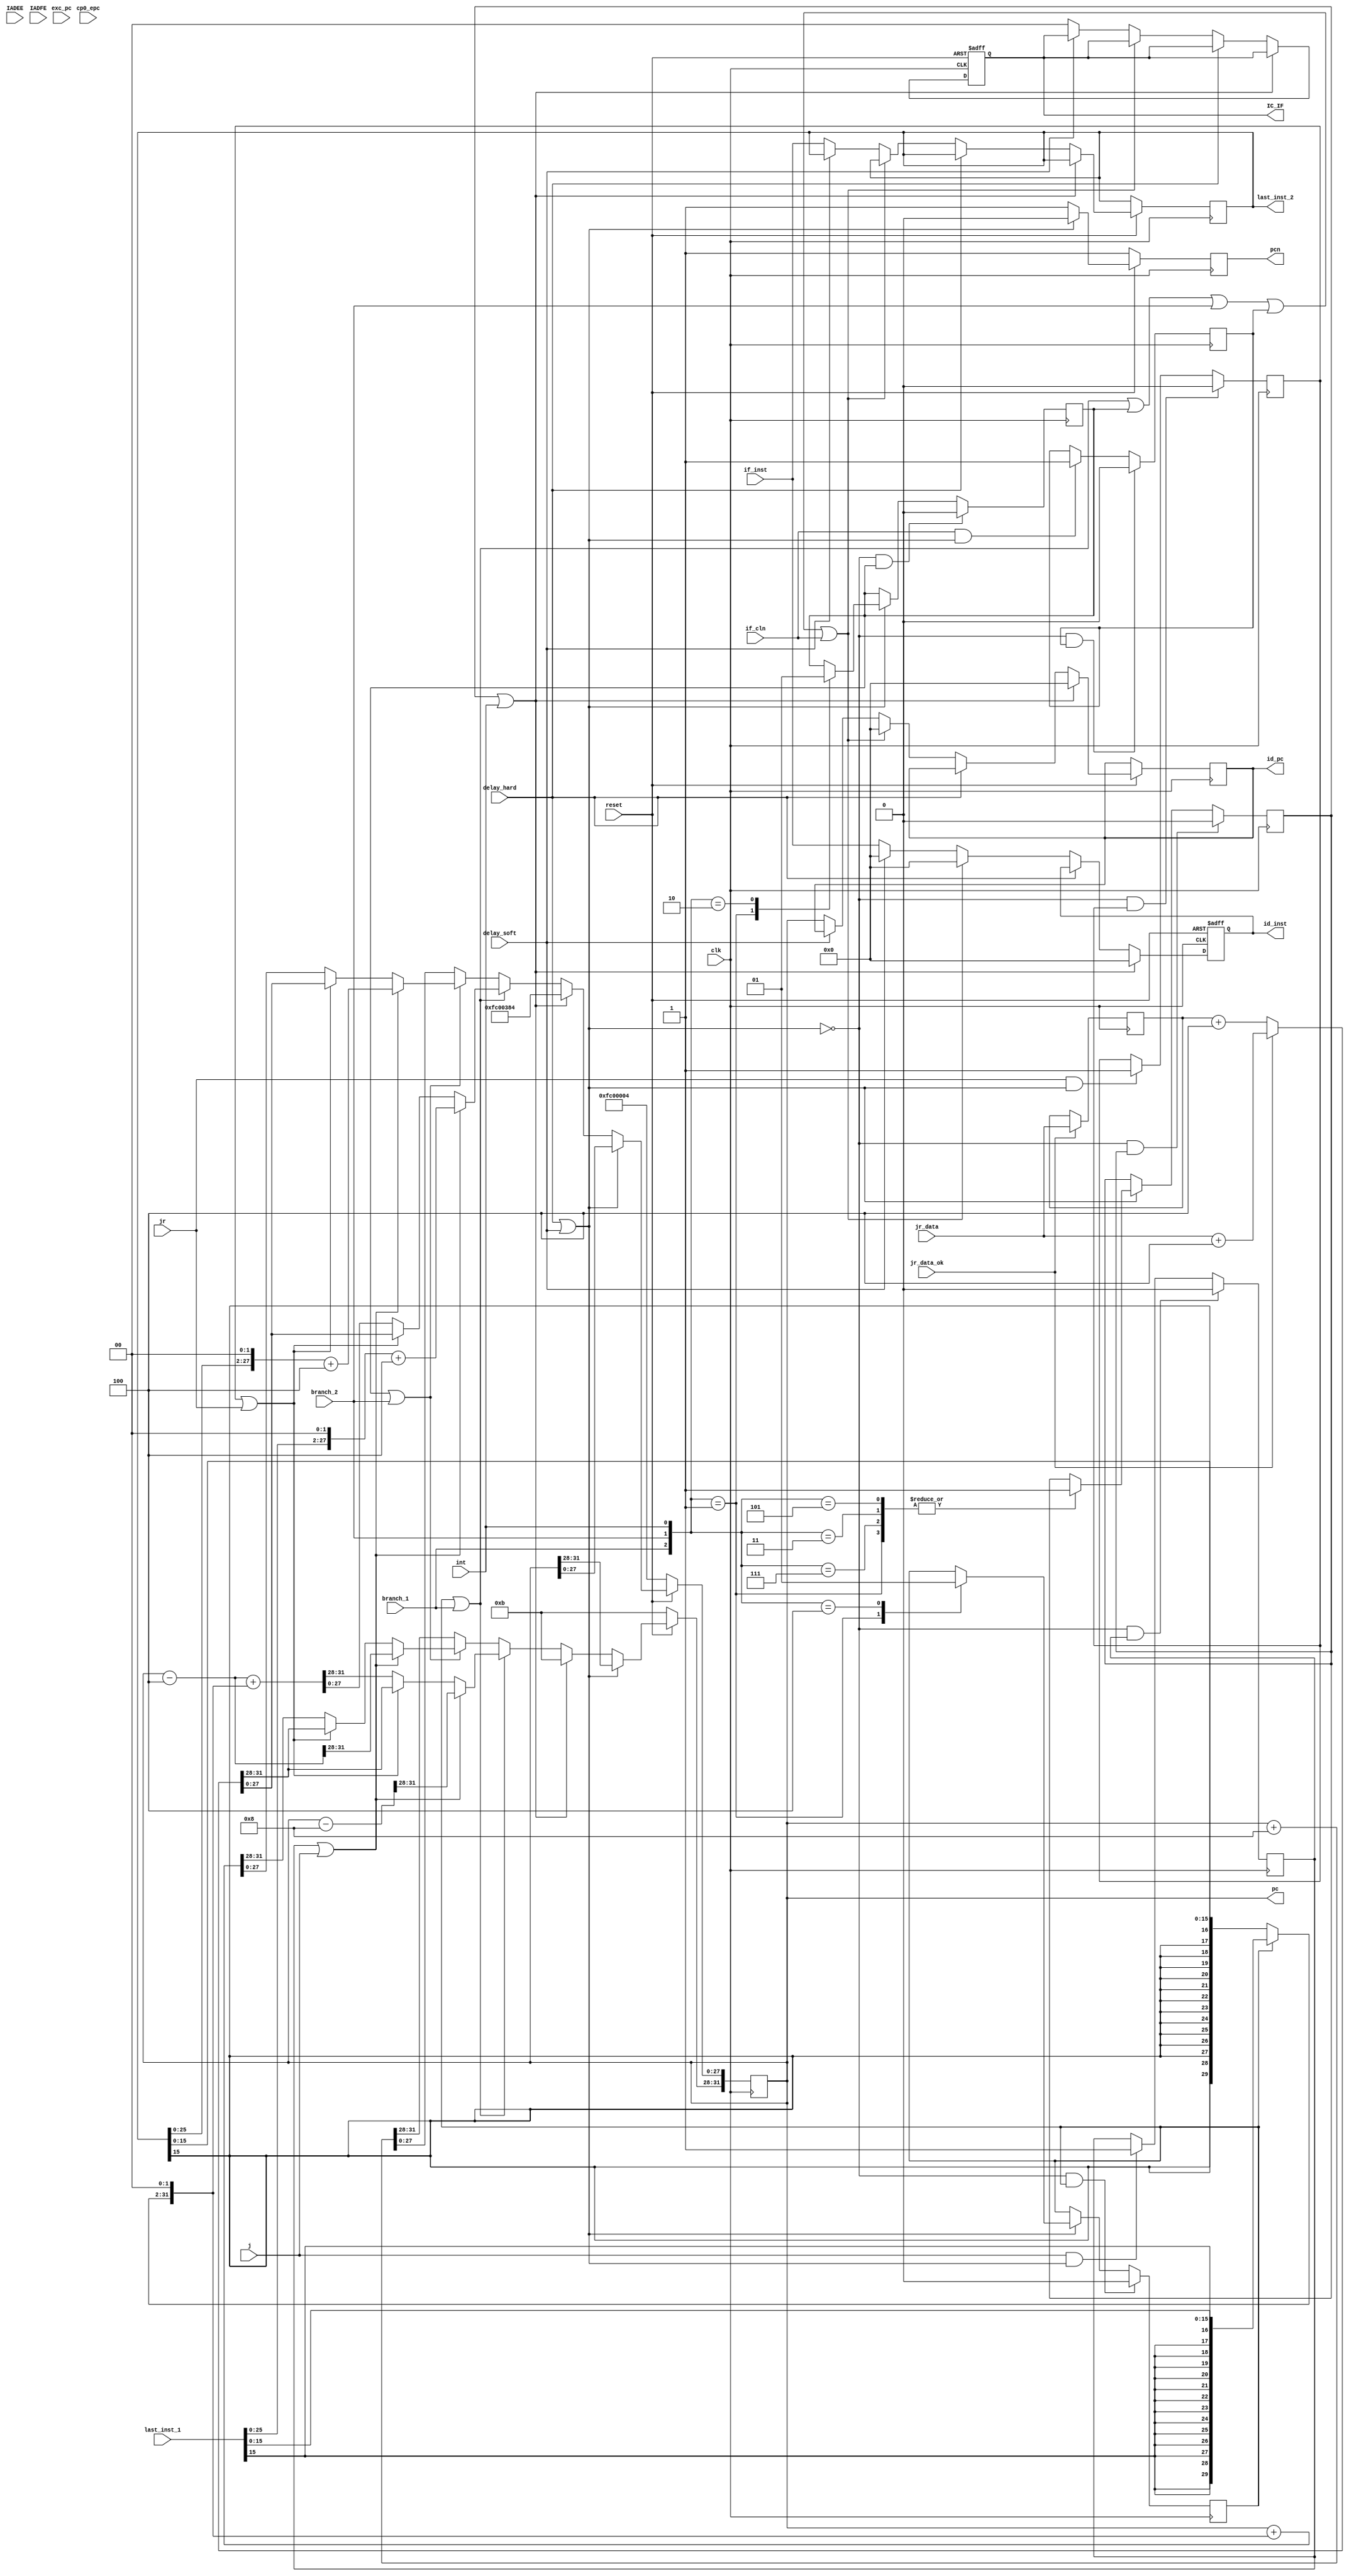
`timescale 1ns / 1ps
//////////////////////////////////////////////////////////////////////////////////
// Company: 
// Engineer: 
// 
// Design Name: 
// Module Name: IF_2
// Project Name: 
// Target Devices: 
// Tool Versions: 
// Description: 
// 
// Dependencies: 
// 
// Revision:
// Revision 0.01 - File Created
// Additional Comments:
// 
//////////////////////////////////////////////////////////////////////////////////

module IF_2(//input:
              clk,reset,int,j,jr,jr_data,jr_data_ok,branch_1,branch_2,delay_soft,delay_hard,if_cln,IADEE,IADFE,exc_pc,if_inst,last_inst_1,cp0_epc,
            //output:
              pc,id_inst,id_pc,IC_IF,last_inst_2,pcn);

/*
    branch                                    
    clk                                       
    next_pc                                   pc
    exc_pc(exception_pc)                      IF_1
    exc_pc+4(exception_pc+4)                  IF_2
    id_pc                                     pc
    int                                       
    IC_IF(int_control_IF);                    
    last_inst                                   load address 
    id_inst(instructions)                        
    if_instMEM instructions              
    j                                         
    delay_hard                                     
    IAEE(interrupt_address_error_exception)   
    IAFE(interrupt_address_file_exception)    
    pc                                        
    id_inst                                      
    reset                                     

                                    IF
            -------------------------------------------------
            |                                               |
            |  clk                            pc[31:0]      |
            |                                               |
            |  reset                          id_inst[31:0]    |
            |                                               |
            |  int                            id_pc[31:0]   |
            |                                               |
            |  j                              IC_IF[1:0]    |
            |                                               |
            |  branch                                       |
            |                                               |
            |  delay_hard                                        |
            |                                               |
            |  IAEE                                         |
            |                                               |
            |  IAFE                                         |
            |                                               |
            |  exc_pc[31:0]                                 |
            |                                               |
            |  if_inst[31:0]                               |
            |                                               |
            |  last_inst[31:0]                                |
            |                                               |
            -------------------------------------------------

*/
input clk;
input reset;
input int;
input j;
input jr;
input [31:0]jr_data;
input [31:0]cp0_epc;
input jr_data_ok;
(*mark_debug = "true" *)input branch_1;
(*mark_debug = "true" *)input branch_2;
(*mark_debug = "true" *)input delay_soft;
input delay_hard;
(*mark_debug = "true" *)input if_cln;
input IADEE;
input IADFE;
input [31:0]exc_pc;
input [31:0]if_inst;
input [31:0]last_inst_1;

output [31:0]pc;
output [31:0]id_inst;
output [31:0]id_pc;
output [1:0]IC_IF;
output [31:0]last_inst_2;
output pcn;

reg pcn;
reg [31:0]next_pc;
reg [31:0]pc;
reg [31:0]id_inst;
reg [31:0]id_pc;
reg [1:0]IC_IF;
reg [31:0]last_inst;
reg branch_req_1;
reg branch_req_2;
reg j_req;
reg jr_req;
reg int_req;
reg [31:0]jr_data_cache;
//reg jr_data_ok;
wire [31:0]pc_slot;
wire [31:0]pc_slot_2;
assign pc_slot=pc-4;
assign pc_slot_2=pc-8;
reg [31:0]branch_offset;
reg if_cln_req;

reg j_fin;
reg jr_fin;
reg if_cln_fin;
reg branch_fin;
reg int_fin;

always @ (posedge clk)
    begin
        if (reset==0)
		begin
            next_pc<=32'hbfc0_0004;
			if_cln_fin<=0;
			branch_fin<=0;
			j_fin<=0;
			jr_fin<=0;
			int_fin<=0;
			pcn<=1;
		end
        else if(delay_hard||delay_soft)
		begin
            next_pc<=pc;
			if_cln_fin<=0;
			pcn<=0;
		end
        else if(int_req||int)
			begin
				next_pc<=32'hbfc0_0384;
				int_fin<=1;
				if_cln_fin<=1;
				branch_fin<=1;
				j_fin<=1;
				jr_fin<=1;
				pcn<=1;
			end
        else if(branch_req_1||branch_1)
            begin
				pcn<=1;
                if(j_req||j)
				begin
                    next_pc[31:28]<=pc_slot_2[31:28];
					next_pc[27:0]<=(last_inst_1[25:0]<<2)+4;
					j_fin<=1;
				end
                else if(jr_req||jr)
				begin
                    next_pc<=jr_data_ok?jr_data+4:jr_data_cache+4;
					jr_fin<=1;
				end
				else
				begin
					next_pc<=pc_slot+(branch_offset<<2);
				end
				branch_fin<=1;
				if_cln_fin<=1;
            end
		
		else if(branch_req_2||branch_2)
			begin
				pcn<=1;
                if(j_req||j)
				
				begin
                    next_pc[31:28]<=pc_slot[31:28];
					next_pc[27:0]<=(last_inst[25:0]<<2)+4;
					j_fin<=1;
				end
				else if(jr_req||jr)
				begin
					next_pc<=jr_data_ok?jr_data+4:jr_data_cache+4;
					jr_fin<=1;
				end
                else
				begin
                    next_pc<=pc+(branch_offset<<2);
				end
				branch_fin<=1;
				if_cln_fin<=1;
            end
			
        else
			begin
				next_pc<=pc+8;
				
				int_fin<=0;
				if_cln_fin<=1;
				branch_fin<=0;
				j_fin<=0;
				jr_fin<=0;
				
				pcn<=1;
			end
    end

always @ (negedge reset or posedge clk)
	begin
		if (reset==0) 
		begin
			id_inst<=32'b0;
			IC_IF<=2'b0;
	
		end else if(int_req||int)
		begin
			id_inst<=32'b0;
			id_pc<=32'b0;

		end else if(delay_hard)//
		begin
		end else if(branch_req_1||branch_1||branch_req_2||branch_2||if_cln_req||if_cln)//
		begin
			id_inst<=32'b0;
			id_pc<=32'b0;
		end else if(delay_soft)
		begin
			id_inst<=32'b0;
		end else if(!delay_hard)//id
		begin
			last_inst<=if_inst;
			id_inst<=if_inst;
			id_pc<=pc;
			IC_IF<=2'b0;
		end
	end

always @ (*)
	begin 
		pc=next_pc;
	end

//*3
always @ (posedge clk)
	begin
		if(delay_hard||delay_soft)
		begin
			case({branch_1,branch_2,int})
				3'b001:begin
					int_req<=1'b1;
					branch_req_1<=1'b0;	
					branch_req_2<=1'b0;
				end
				3'b101,3'b011,3'b111:begin//i
					int_req<=1'b1;
				end
				3'b100:begin
					branch_req_1<=1'b1;			
				end
				3'b010:begin
					branch_req_2<=1'b1;			
				end
			endcase
		end
		if(!(delay_hard||delay_soft)&&int_req)
			int_req<=0;			
		if(!(delay_hard||delay_soft)&&branch_req_1)
			branch_req_1<=0;
		if(!(delay_hard||delay_soft)&&branch_req_2)
			branch_req_2<=0;
	end
always @ (posedge clk)
	begin
		if(!(delay_hard||delay_soft)&&j_req)
			j_req<=1'b0;
		else if(j&&(delay_hard||delay_soft))
			j_req<=1'b1;
			
		if(!(delay_hard||delay_soft)&&jr_req)
			jr_req<=1'b0;
		else if(jr&&(delay_hard||delay_soft))
			jr_req<=1'b1;

		if(!(delay_hard||delay_soft)&&if_cln_req)
			if_cln_req<=1'b0;
		else if(if_cln&&(delay_hard||delay_soft))
			if_cln_req<=1'b1;
			
		if(jr_data_ok)
			jr_data_cache<=jr_data;
			
	end

	
assign last_inst_2=last_inst;

always@(*)
begin
	if(branch_req_1)
		branch_offset={{16{last_inst_1[15]}},last_inst_1[15:0]};
	else
		branch_offset={{16{last_inst[15]}},last_inst[15:0]};
end
endmodule